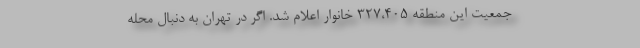
جمعیت این منطقه ۳۲۷،۴۰۵ خانوار اعلام شد. اگر در تهران به دنبال محله